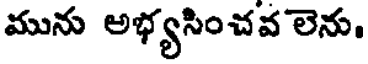
మును అభ్యసించవ లెను.